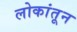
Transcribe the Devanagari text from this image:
लोकांतून